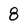
Character: 8